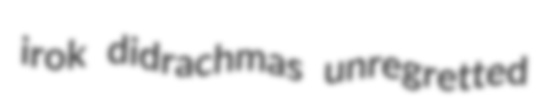
irok didrachmas unregretted